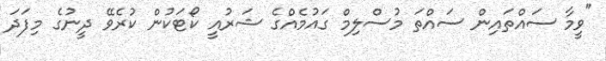
"ވީމާ ސައްތައިން ސައްތަ މުސްލިމް ގައުމެއްގެ ޝަރުއީ ކޯޓަކުން ކުރެވޭ ދީނުގެ މިފަދަ